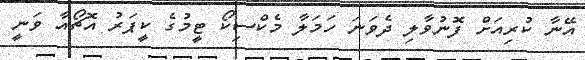
އޭނާ ކުރިއަށް ފޮނުވާލި ދެވަނަ ހަމަލާ މެކްސިކޯ ޓީމުގެ ކީޕަރު އޮޗޯއާ ވަނީ